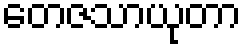
တေဇသာယုတာ